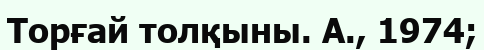
Торғай толқыны. А., 1974;